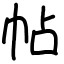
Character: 帖